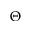
\Theta